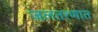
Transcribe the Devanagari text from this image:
जलतरणात